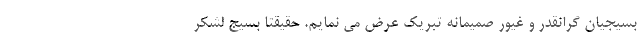
بسیجیان گرانقدر و غیور صمیمانه تبریک عرض می نمایم. حقیقتاً بسیج لشکر